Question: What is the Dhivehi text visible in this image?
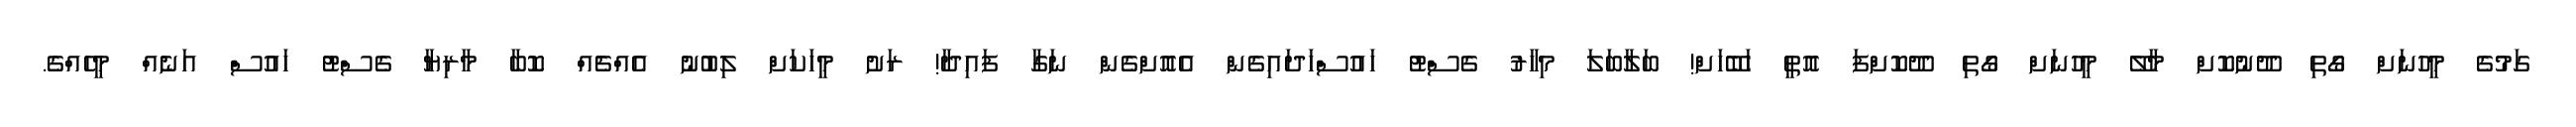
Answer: ގަމުގެ މީހުނަށް ގޯތި ދޫނުކޮށް މާލޭ މީހުނަށް ގޯތި ދޫކޮށްފަ އޮތީ ހަބޭހަށް! ބަލާބަލަ މިހާރު ގެސްޓު ހައުސްހަދައިގެން އެއޮށްގެން ނަގާ ފައިދާ! ރަށު މީހަކަށް ލިބުނު އެއްޗެއް ކޮބާ މާރިޔާ ގެސްޓު ހައުސް އަނެއް މީހެއްގެ.